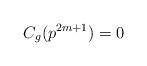
LaTeX: \begin{align*}C_{g}(p^{2m+1})=0 \end{align*}